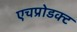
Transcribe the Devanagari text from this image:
एचप्रोडक्ट